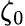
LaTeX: \zeta_{0}